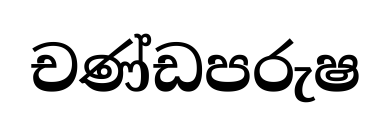
චණ්ඩපරුෂ